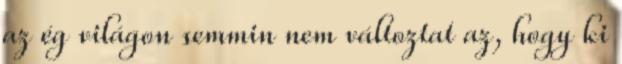
az ég világon semmin nem változtat az, hogy ki